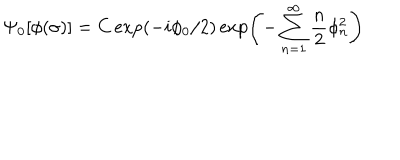
\Psi _ { 0 } [ \phi ( \sigma ) ] = C \exp ( - i \phi _ { 0 } / 2 ) \exp \left( - \sum _ { n = 1 } ^ { \infty } \frac { n } { 2 } \phi _ { n } ^ { 2 } \right)